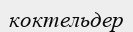
коктельдер